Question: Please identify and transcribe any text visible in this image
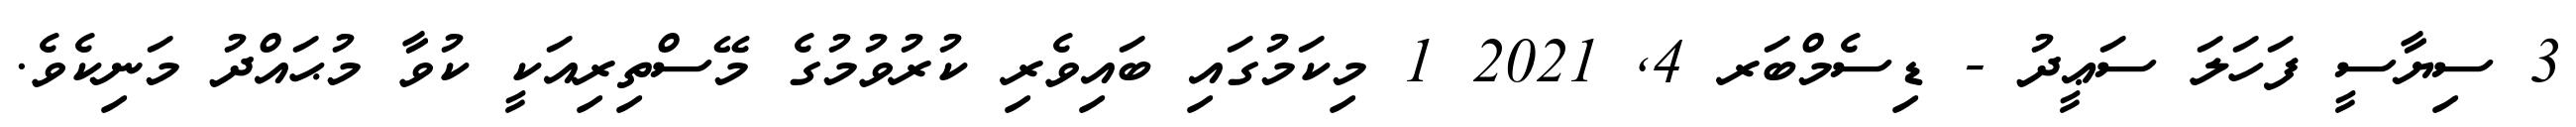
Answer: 3 ސިޔާސީ ފަހަލަ ސަޢީދު - ޑިސެމްބަރ 4, 2021 1 މިކަމުގައި ބައިވެރި ކުރުވުމުގެ މޭސްތިރިއަކީ ކުވާ މުޙައްދު މަނިކެވެ.